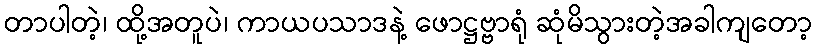
တာပါတဲ့၊ ထို့အတူပဲ၊ ကာယပသာဒနဲ့ ဖောဋ္ဌဗ္ဗာရုံ ဆုံမိသွားတဲ့အခါကျတော့